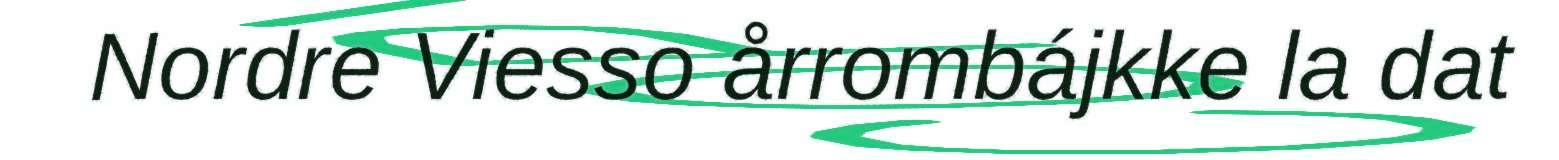
Nordre Viesso årrombájkke la dat